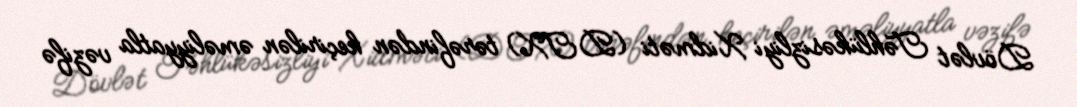
Dövlət Təhlükəsizliyi Xidməti (DTX) tərəfindən keçirilən əməliyyatla vəzifə